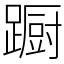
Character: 蹰